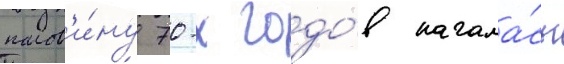
полов'и́ну 70-х годо́в начала́сь